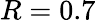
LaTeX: R=0.7